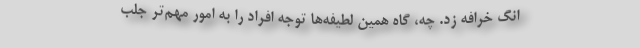
انگ خرافه زد. چه، گاه همین لطیفه‌ها توجه افراد را به امور مهم‌تر جلب